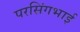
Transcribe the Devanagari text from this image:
परसिंगभाई